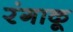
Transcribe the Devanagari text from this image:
रंगाकू